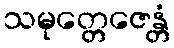
သမုတ္တေဇေန္တံ